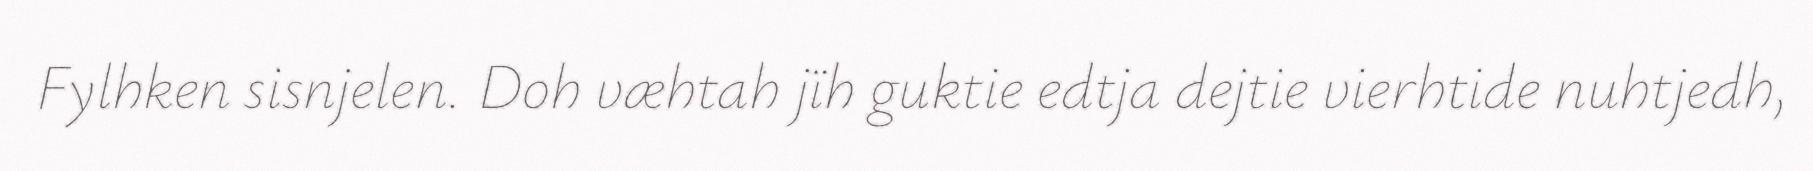
Fylhken sisnjelen. Doh væhtah jïh guktie edtja dejtie vierhtide nuhtjedh,